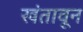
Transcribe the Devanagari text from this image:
खंतावून